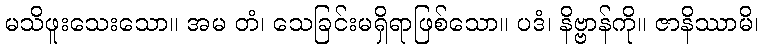
မသိဖူးသေးသော။ အမ တံ၊ သေခြင်းမရှိရာဖြစ်သော။ ပဒံ၊ နိဗ္ဗာန်ကို။ ဇာနိဿာမိ၊